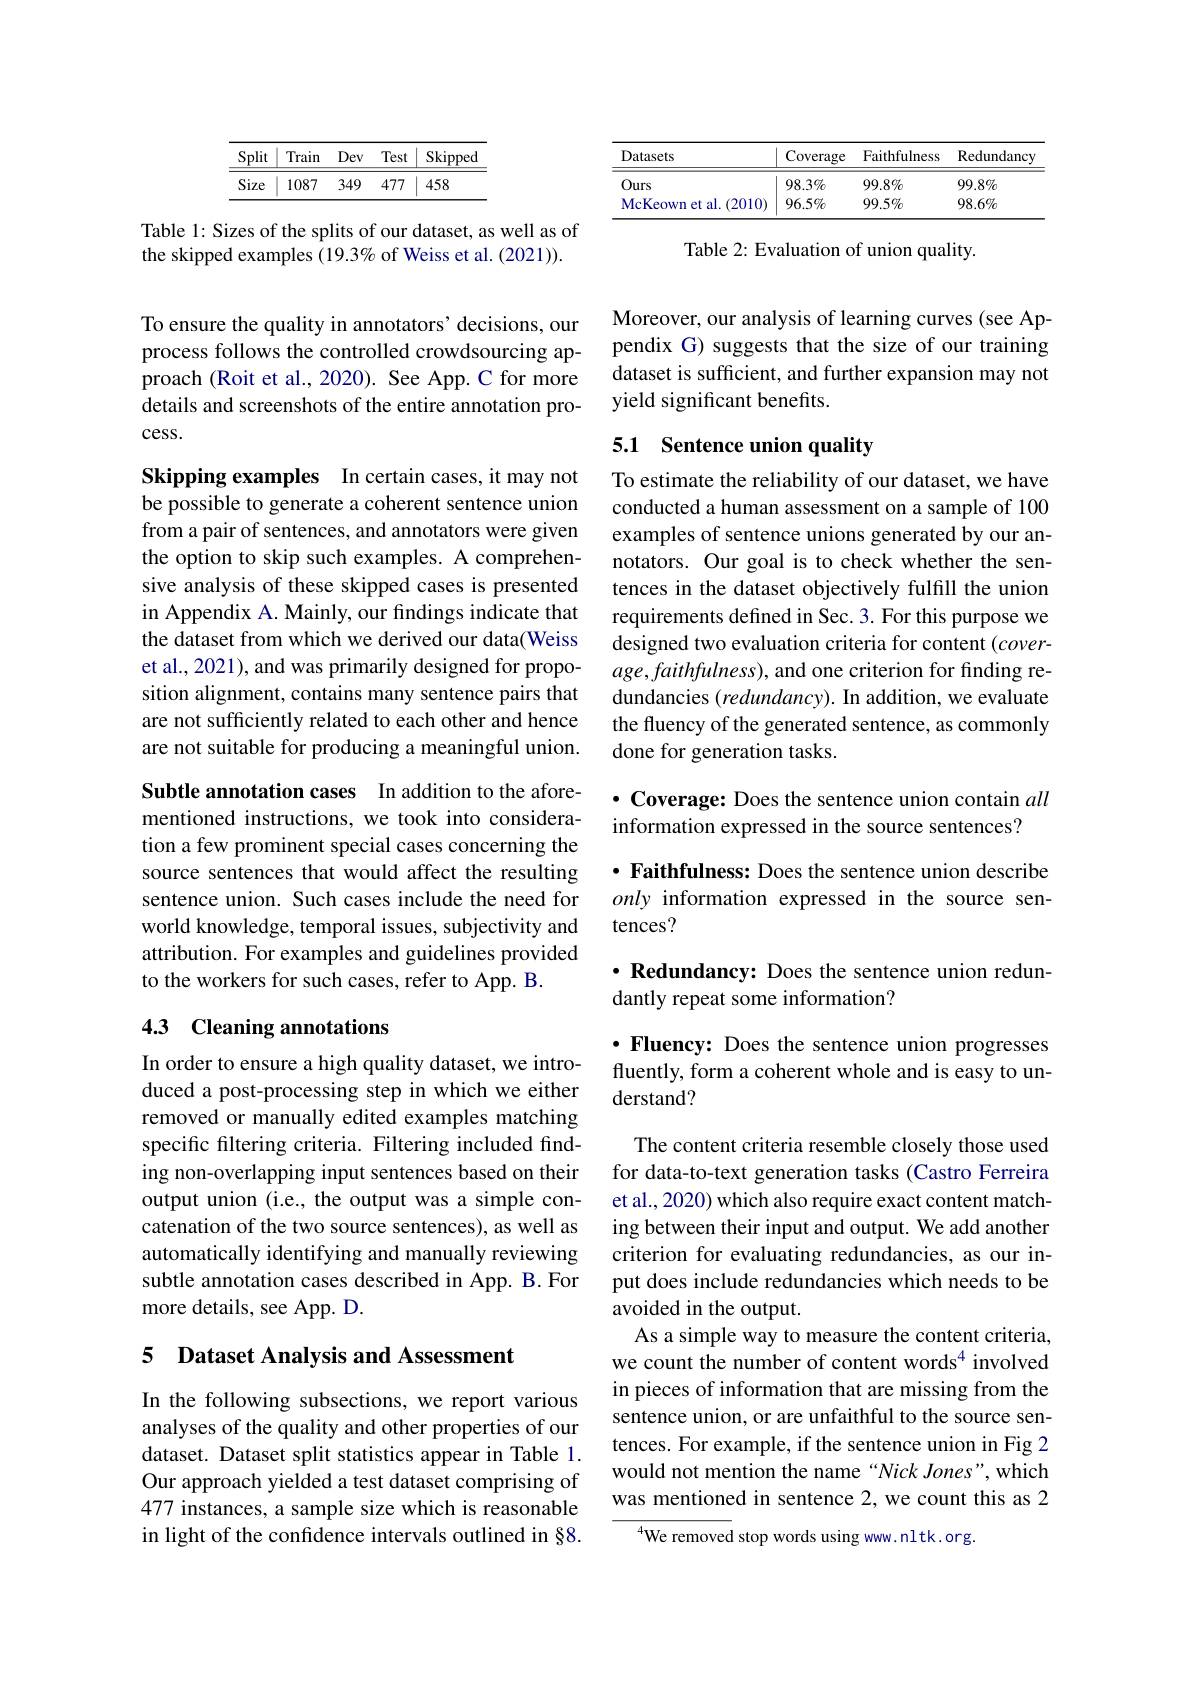
<table>
	<tbody>
		<tr>
			<th>$\underline{\mathrm{Split}}$</th>
			<th>Train</th>
			<th>Dev</th>
			<th>Test</th>
			<th>$\underline{Skipped}$</th>
		</tr>
		<tr>
			<td>Size</td>
			<td>1087</td>
			<td>349</td>
			<td>477</td>
			<td>458</td>
		</tr>
	</tbody>
</table>

Table 1: Sizes of the splits of our dataset, as well as of the skipped examples (19.3% of Weiss et al. (2021)).

To ensure the quality in annotators' decisions, our process follows the controlled crowdsourcing approach (Roit et al., 2020). See App. C for more details and screenshots of the entire annotation pro- $cess.$

Skipping examples In certain cases, it may not be possible to generate a coherent sentence union from a pair of sentences, and annotators were given the option to skip such examples. A comprehensive analysis of these skipped cases is presented in Appendix A. Mainly, our findings indicate that the dataset from which we derived our data(Weiss et al., 2021), and was primarily designed for proposition alignment, contains many sentence pairs that are not sufficiently related to each other and hence are not suitable for producing a meaningful union.

Subtle annotation cases In addition to the aforementioned instructions, we took into consideration a few prominent special cases concerning the source sentences that would affect the resulting sentence union. Such cases include the need for world knowledge, temporal issues, subjectivity and attribution. For examples and guidelines provided to the workers for such cases, refer to App. B.

## 4.3 Cleaning annotations

In order to ensure a high quality dataset, we introduced a post-processing step in which we either removed or manually edited examples matching specific filtering criteria. Filtering included finding non-overlapping input sentences based on their output union (i.e., the output was a simple concatenation of the two source sentences), as well as automatically identifying and manually reviewing subtle annotation cases described in App. B.For more details, see App. D.

## 5 Dataset Analysis and Assessment

In the following subsections, we report various analyses of the quality and other properties of our dataset. Dataset split statistics appear in Table 1. Our approach yielded a test dataset comprising of 477 instances, a sample size which is reasonable in light of the confidence intervals outlined in §8.

<table>
	<tbody>
		<tr>
			<th>Datasets</th>
			<th>Coverage</th>
			<th>Faithfulness</th>
			<th>Redundancy</th>
		</tr>
		<tr>
			<td>Ours</td>
			<td>$98.3\%$</td>
			<td>$99.8\%$</td>
			<td>$99.8\%$</td>
		</tr>
		<tr>
			<td>McKeown et al. ( 2010) </td>
			<td>$96.5\%$</td>
			<td>$99.5\%$</td>
			<td>$98.6\%$</td>
		</tr>
	</tbody>
</table>

Table 2: Evaluation of union quality.

Moreover, our analysis of learning curves (see Appendix G) suggests that the size of our training dataset is sufficient, and further expansion may not yield significant benefits.

# 5.1 Sentence union quality

To estimate the reliability of our dataset, we have conducted a human assessment on a sample of 100 examples of sentence unions generated by our annotators. Our goal is to check whether the sentences in the dataset objectively fulfill the union requirements defined in Sec. 3. For this purpose we designed two evaluation criteria for content (coverage,faithfulness), and one criterion for finding redundancies $(redundancy).$ In addition, we evaluate the fluency of the generated sentence, as commonly done for generation tasks.

## $\cdot$ Coverage: Does the sentence union contain all information expressed in the source sentences?

$\cdot$ Faithfulness: Does the sentence union describe only information expressed in the source sentences?

## $\cdot \textbf{Redundancy: Does the sentence union redun- }$ dantly repeat some information?

$\cdot$ Fluency: Does the sentence union progresses fluently, form a coherent whole and is easy to understand?

The content criteria resemble closely those used for data-to-text generation tasks (Castro Ferreira et al., 2020) which also require exact content matching between their input and output. We add another criterion for evaluating redundancies, as our input does include redundancies which needs to be avoided in the output.
As a simple way to measure the content criteria, we count the number of content words$^{4}$ involved in pieces of information that are missing from the sentence union, or are unfaithful to the source sentences. For example, if the sentence union in Fig 2 would not mention the name “Nick Jones", which was mentioned in sentence 2, we count this as 2

$^{4}$We removed stop words using www.nltk.org.